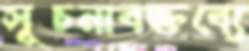
সূচনাবক্তব্যে